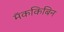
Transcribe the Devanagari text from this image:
मॅककिबिन